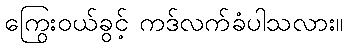
ကြွေးဝယ်ခွင့် ကဒ်လက်ခံပါသလား။